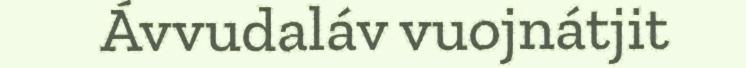
Ávvudaláv vuojnátjit